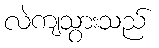
လဲကျသွားသည်